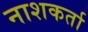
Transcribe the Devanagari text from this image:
नाशकर्ता